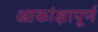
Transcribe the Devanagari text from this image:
आकांक्षापूर्ण